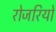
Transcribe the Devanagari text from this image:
रोजरियो